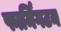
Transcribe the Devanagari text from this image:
फार्मिंगटन